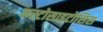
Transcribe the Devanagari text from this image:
मस्टोसाइटोसिस